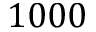
1 0 0 0